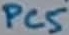
Text: PC5